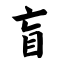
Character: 盲